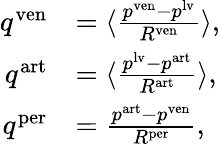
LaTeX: \begin{array}{rl}{q^{\mathrm{ven}}}&{=\langle\frac{p^{\mathrm{ven}}-p^{\mathrm{lv}}}{R^{\mathrm{ven}}}\rangle,}\\ {q^{\mathrm{art}}}&{=\langle\frac{p^{\mathrm{lv}}-p^{\mathrm{art}}}{R^{\mathrm{art}}}\rangle,}\\ {q^{\mathrm{per}}}&{=\frac{p^{\mathrm{art}}-p^{\mathrm{ven}}}{R^{\mathrm{per}}},}\end{array}